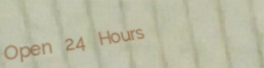
Open 24 Hours